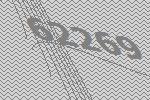
62269